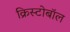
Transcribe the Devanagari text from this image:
क्रिस्टोबॉल